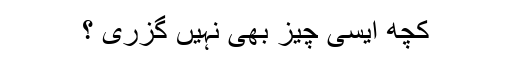
کچھ ایسی چیز بھی نہیں گزری ؟